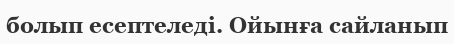
болып есептеледі. Ойынға сайланып